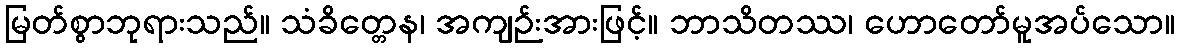
မြတ်စွာဘုရားသည်။ သံခိတ္တေန၊ အကျဉ်းအားဖြင့်။ ဘာသိတဿ၊ ဟောတော်မူအပ်သော။